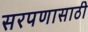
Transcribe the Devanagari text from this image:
सरपणासाठी